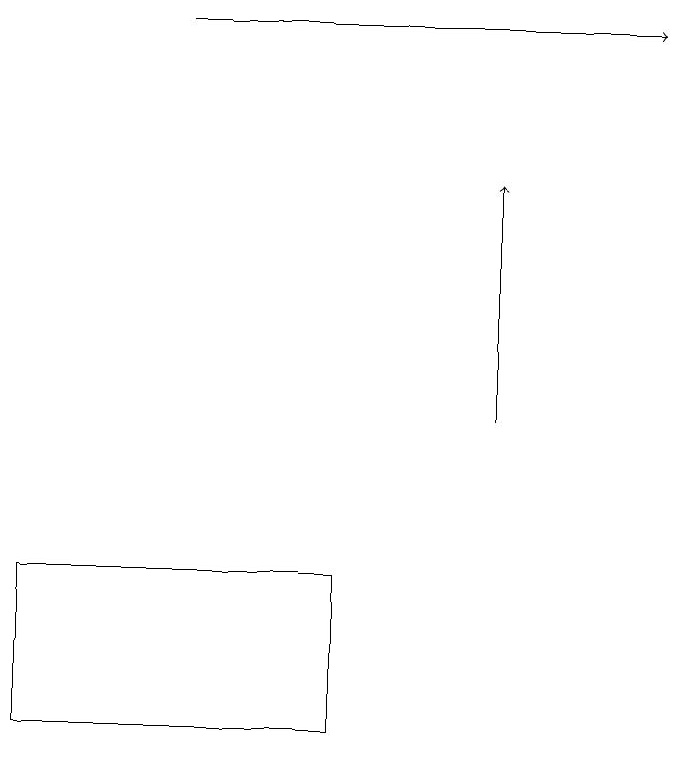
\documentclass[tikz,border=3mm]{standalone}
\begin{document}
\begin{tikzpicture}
\draw[->] (6,14) -- (6,17);
\draw[->] (2,19) -- (8,19);
\draw (4,10) rectangle (0,12);
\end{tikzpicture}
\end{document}